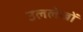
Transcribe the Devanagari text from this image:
उललेखों